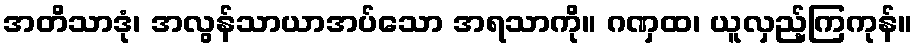
အတိသာဒုံ၊ အလွန်သာယာအပ်သော အရသာကို။ ဂဏှထ၊ ယူလှည့်ကြကုန်။